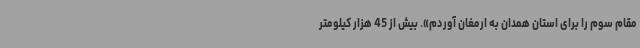
مقام سوم را برای استان همدان به ارمغان آوردم». بیش از 45 هزار کیلومتر